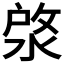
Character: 𣷙